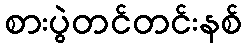
စားပွဲတင်တင်းနစ်